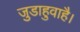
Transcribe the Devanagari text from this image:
जुडाहुवाहै।